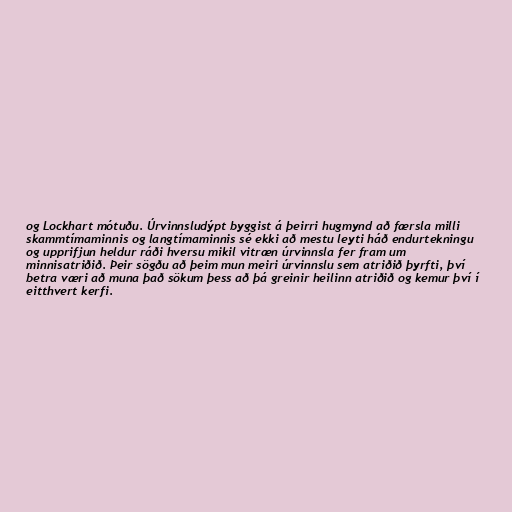
og Lockhart mótuðu. Úrvinnsludýpt byggist á þeirri hugmynd að færsla milli
skammtímaminnis og langtímaminnis sé ekki að mestu leyti háð endurtekningu
og upprifjun heldur ráði hversu mikil vitræn úrvinnsla fer fram um
minnisatriðið. Þeir sögðu að þeim mun meiri úrvinnslu sem atriðið þyrfti, því
betra væri að muna það sökum þess að þá greinir heilinn atriðið og kemur því í
eitthvert kerfi.